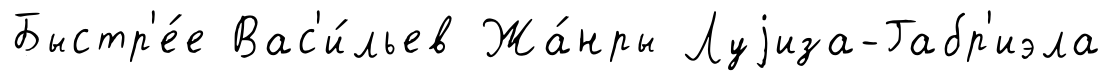
Быстр'е́е Вас'и́льев Жа́нры Луjиза-Габр'иэла